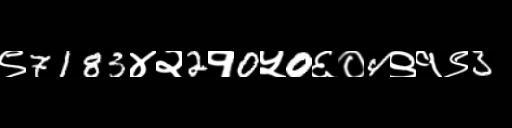
Text: ९7183४२2१0५0६०4९१९3